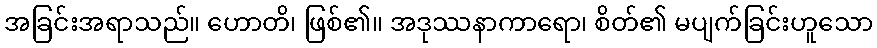
အခြင်းအရာသည်။ ဟောတိ၊ ဖြစ်၏။ အဒုဿနာကာရော၊ စိတ်၏ မပျက်ခြင်းဟူသော